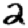
Digit: 2